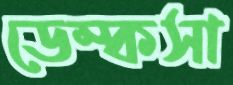
ডেম্কসা